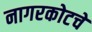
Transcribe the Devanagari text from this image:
नागरकोटचे